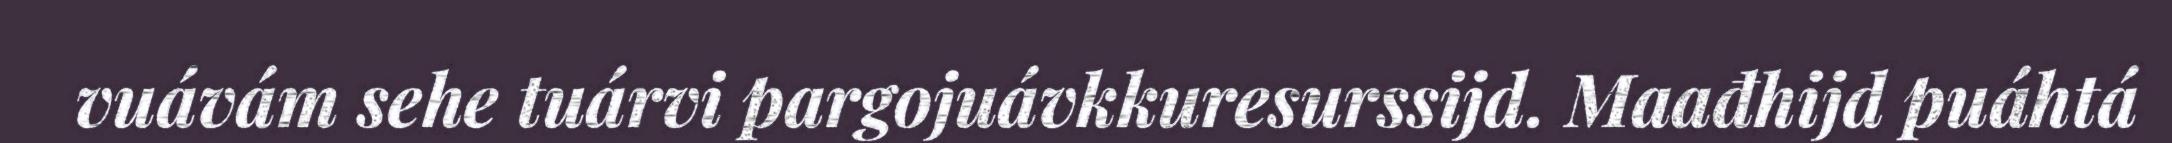
vuávám sehe tuárvi pargojuávkkuresurssijd. Maađhijd puáhtá